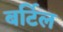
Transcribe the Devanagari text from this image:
बर्टिल